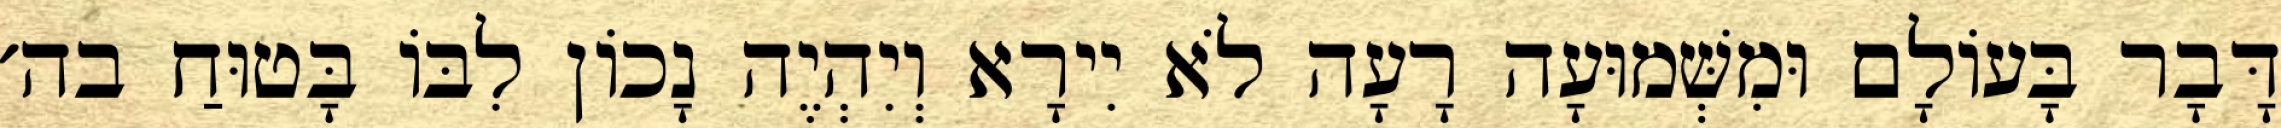
דָּבָר בָּעוֹלָם וּמִשְּׁמוּעָה רָעָה לֹא יִירָא וְיִהְיֶה נָכוֹן לִבּוֹ בָּטוּחַ בה׳